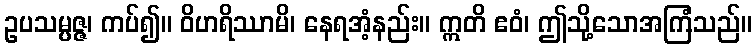
ဥပသမ္ပဇ္ဇ၊ ကပ်၍။ ဝိဟရိဿာမိ၊ နေရအံ့နည်း။ ဣတိ ဧဝံ၊ ဤသို့သောအကြံသည်။